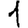
Digit: 1